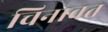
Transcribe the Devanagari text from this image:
चिनावत